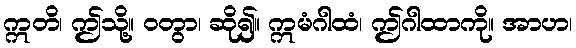
ဣတိ၊ ဤသို့။ ဝတွာ၊ ဆို၍။ ဣမံဂါထံ၊ ဤဂါထာကို။ အာဟ၊